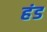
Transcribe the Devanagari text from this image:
हंड